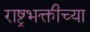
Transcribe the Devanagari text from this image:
राष्ट्रभक्तीच्या